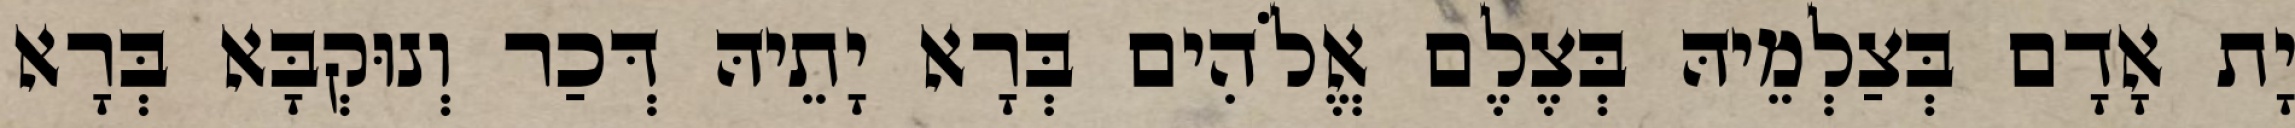
יָת אָדָם בְּצַלְמֵיהּ בְּצֶלֶם אֱלֹהִים בְּרָא יָתֵיהּ דְּכַר וְנוּקְבָּא בְּרָא